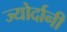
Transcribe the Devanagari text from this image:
ज्योर्दानी